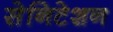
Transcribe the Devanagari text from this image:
सेनिटेशन